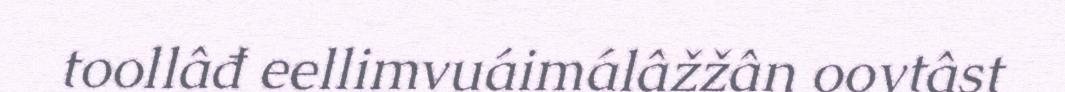
toollâđ eellimvuáimálâžžân oovtâst